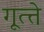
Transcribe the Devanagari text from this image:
गूत्त्ते